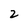
Character: 2